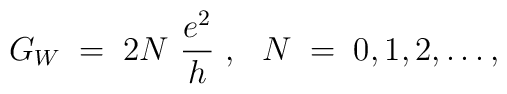
G_W\;=\;2N~\frac{e^2}{h}~,~~N\;=\;0,1,2,\ldots,